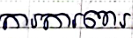
ការការពារ